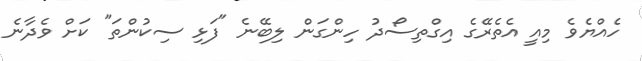
ހެއްޔެވެ މިއީ އެތެރޭގެ އިގްތިސޯދު ހިންގަން ލިބޭނެ "ފަޅި ސިކުންތަ" ކަށް ވެދާނެ